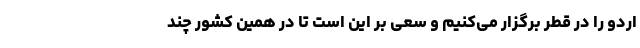
اردو را در قطر برگزار می‌کنیم و سعی بر این است تا در همین کشور چند